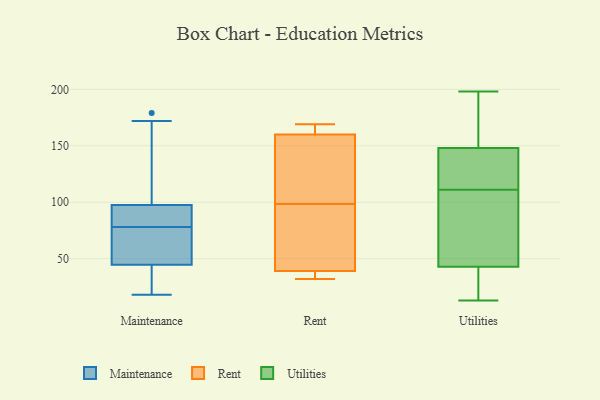
{"axis": {"x": "Market Share (%)", "y": "Value"}, "legend": ["Maintenance", "Rent", "Utilities"], "data": [{"x": "", "y": 96, "type": "Maintenance"}, {"x": "", "y": 98, "type": "Maintenance"}, {"x": "", "y": 78, "type": "Maintenance"}, {"x": "", "y": 18, "type": "Maintenance"}, {"x": "", "y": 65, "type": "Maintenance"}, {"x": "", "y": 41, "type": "Maintenance"}, {"x": "", "y": 38, "type": "Maintenance"}, {"x": "", "y": 55, "type": "Maintenance"}, {"x": "", "y": 179, "type": "Maintenance"}, {"x": "", "y": 86, "type": "Maintenance"}, {"x": "", "y": 37, "type": "Maintenance"}, {"x": "", "y": 139, "type": "Maintenance"}, {"x": "", "y": 172, "type": "Maintenance"}, {"x": "", "y": 92, "type": "Maintenance"}, {"x": "", "y": 70, "type": "Maintenance"}, {"x": "", "y": 39, "type": "Rent"}, {"x": "", "y": 167, "type": "Rent"}, {"x": "", "y": 160, "type": "Rent"}, {"x": "", "y": 32, "type": "Rent"}, {"x": "", "y": 40, "type": "Rent"}, {"x": "", "y": 169, "type": "Rent"}, {"x": "", "y": 110, "type": "Rent"}, {"x": "", "y": 122, "type": "Rent"}, {"x": "", "y": 87, "type": "Rent"}, {"x": "", "y": 38, "type": "Rent"}, {"x": "", "y": 65, "type": "Utilities"}, {"x": "", "y": 138, "type": "Utilities"}, {"x": "", "y": 183, "type": "Utilities"}, {"x": "", "y": 68, "type": "Utilities"}, {"x": "", "y": 178, "type": "Utilities"}, {"x": "", "y": 189, "type": "Utilities"}, {"x": "", "y": 120, "type": "Utilities"}, {"x": "", "y": 120, "type": "Utilities"}, {"x": "", "y": 51, "type": "Utilities"}, {"x": "", "y": 15, "type": "Utilities"}, {"x": "", "y": 18, "type": "Utilities"}, {"x": "", "y": 198, "type": "Utilities"}, {"x": "", "y": 89, "type": "Utilities"}, {"x": "", "y": 13, "type": "Utilities"}, {"x": "", "y": 14, "type": "Utilities"}, {"x": "", "y": 111, "type": "Utilities"}, {"x": "", "y": 137, "type": "Utilities"}]}